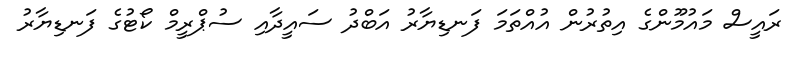
ރައީސް މައުމޫންގެ އިތުރުން އުއްތަމަ ފަނޑިޔާރު އަބްދު ސައީދާއި ސުޕްރީމް ކޯޓުގެ ފަނޑިޔާރު